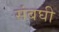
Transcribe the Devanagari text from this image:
संबघी